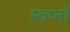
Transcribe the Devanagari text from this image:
स्वप्‍नों